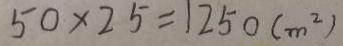
5 0 \times 2 5 = 1 2 5 0 ( m ^ { 2 } )